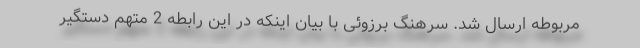
مربوطه ارسال شد. سرهنگ برزوئی با بیان اینکه در این رابطه 2 متهم دستگیر